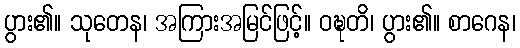
ပွား၏။ သုတေန၊ အကြားအမြင်ဖြင့်။ ဝဍ္ဎတိ၊ ပွား၏။ စာဂေန၊